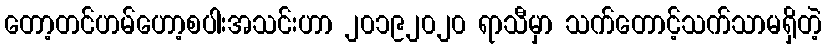
တော့တင်ဟမ်ဟော့စပါးအသင်းဟာ ၂၀၁၉၂၀၂၀ ရာသီမှာ သက်တောင့်သက်သာမရှိတဲ့